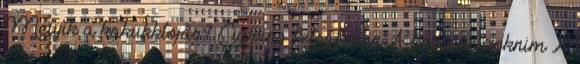
Melyik a kakukktojás? Cupping felsőfokon A kedvenc zoknim A